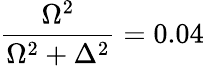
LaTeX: \frac{\Omega^{2}}{\Omega^{2}+\Delta^{2}}=0.04\